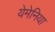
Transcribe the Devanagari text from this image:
येमेनिया